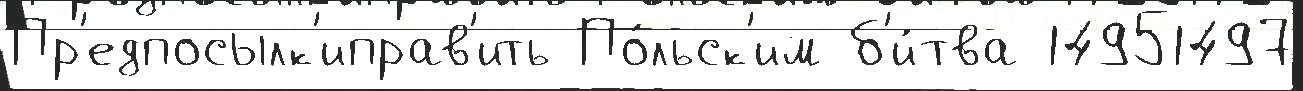
Пр'едпосылк'иправ'ить По́льск'им б'и́тва 14951497